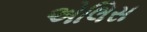
એલિસ